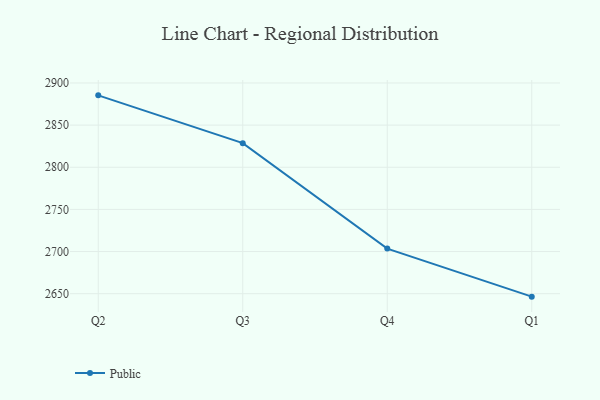
{"axis": {"x": "Quarter", "y": "Inventory Turnover"}, "legend": ["Public"], "data": [{"x": "Q2", "y": 2885.3, "type": "Public"}, {"x": "Q3", "y": 2828.6, "type": "Public"}, {"x": "Q4", "y": 2703.5, "type": "Public"}, {"x": "Q1", "y": 2646.5, "type": "Public"}]}